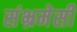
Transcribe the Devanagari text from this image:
संभ्रमेसी